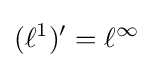
({\ell ^{1}})'=\ell ^{\infty }